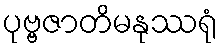
ပုဗ္ဗဇာတိမနုဿရုံ